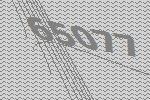
65077